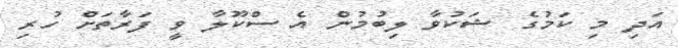
އަދި މި ކަމުގެ ޝަކުވާ ލިބުމުން އެ ސްކޫލާ ވީ ފަރާތަށް ހުރި